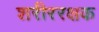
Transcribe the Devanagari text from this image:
शरीररक्षक